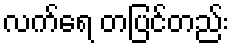
လက်ရေ တပြင်တည်း